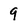
Character: 9